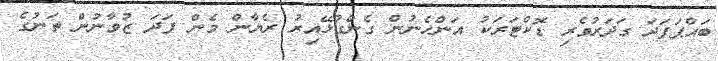
ބައްޕަފަދަ ގަދަރުވެރި ޑޮކްޓަރަކު އަންހެނުން ގެންގުޅޭއިރު ރެޔާން މެން ފަދަ ޒުވާނުން ތަނުގެ